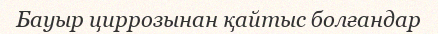
Бауыр циррозынан қайтыс болғандар